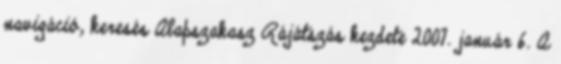
navigáció, keresés Alapszakasz Rájátszás kezdete 2007. január 6. A